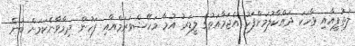
ލުތުފީއާއި ވާހަކަ ދައްކާލުމަށްފަހު އެޖަމާއަތުގެ ލީޑަރު އުމާ މަހޭޝްވަރަމްއާއި ފަހުން ދިމާވާނެކަމަށް ބުނެ